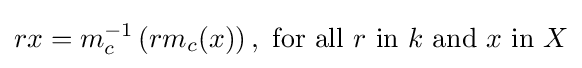
rx=m_{c}^{-1}\left(rm_{c}(x)\right),{\text{ for all }}r{\text{ in }}k{\text{ and }}x{\text{ in }}X